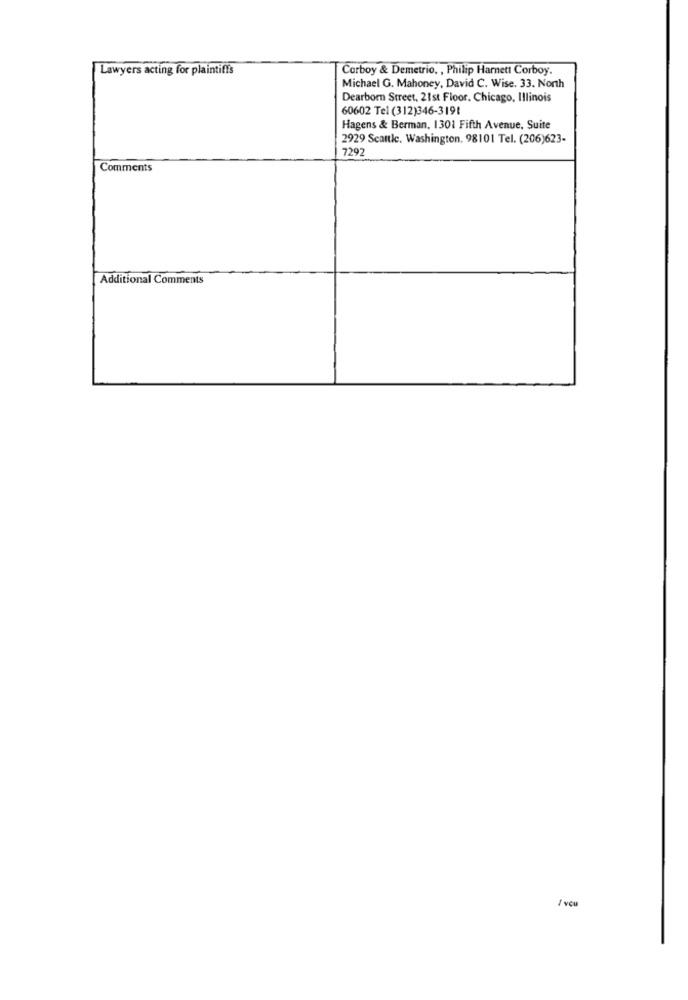
Lawyers acting for plaintiffs
Corboy & Demetrio. , Philip Harnett Corboy.
Michael G. Mahoney, David C. Wise. 33. North
Dearborn Street, 21st Floor. Chicago, Illinois
60602 Tel (312)346-3191
Hagens & Berman, 1301 Fifth Avenue, Suite
2929 Seattle, Washington. 98101 Tel. (206)623-
7292
Comments
Additional Comments
1 vou